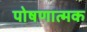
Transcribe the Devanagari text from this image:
पोषणात्मक